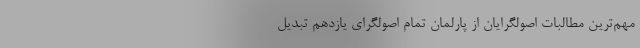
مهم‌ترین مطالبات اصولگرایان از پارلمان تمام اصولگرای یازدهم تبدیل